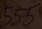
Text: 555